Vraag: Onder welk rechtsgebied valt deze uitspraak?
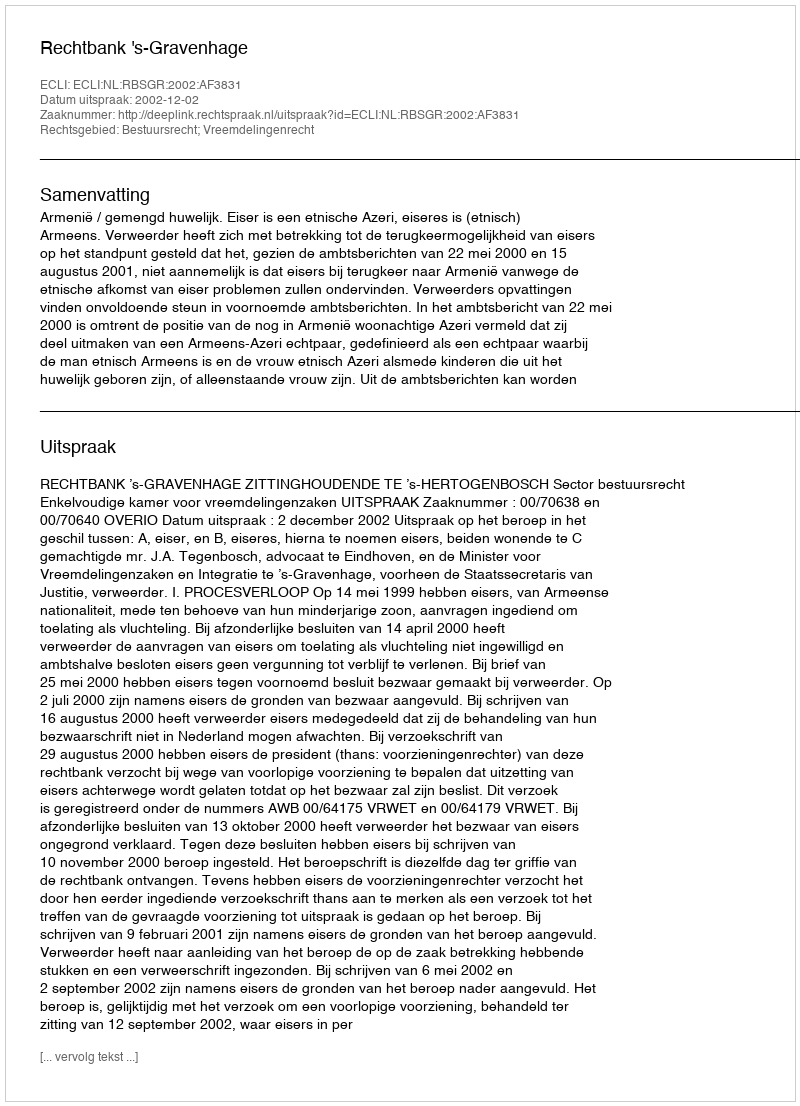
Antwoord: Bestuursrecht; Vreemdelingenrecht